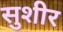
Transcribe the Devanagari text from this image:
सुशीर